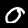
Digit: 0